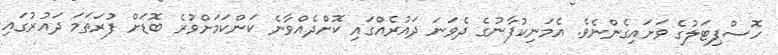
ހޮސްޕިޓަލުގެ ވަށައިގެންނެވެ. އެމަނިކުފާނުގެ ދެވަނަ ދައުރެއްގައި ކޮށްދެއްވާނެ ކަންކަމަށްވުރެ ބޮޑަށް ފުރަތަމަ ދައުރުގައި